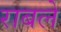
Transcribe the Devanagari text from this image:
राबले